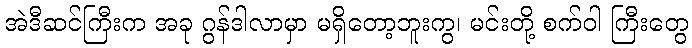
အဲဒီဆင်ကြီးက အခု ဂွန်ဒါလာမှာ မရှိတော့ဘူးကွ၊ မင်းတို့ စက်ဝါ ကြီးတွေ